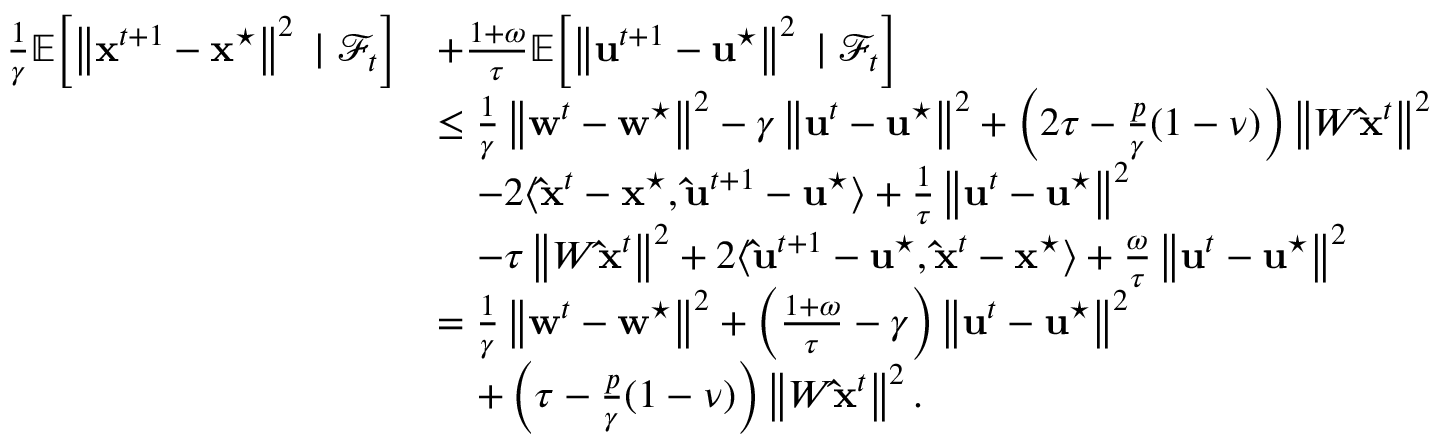
\begin{array} { r l } { \frac { 1 } { \gamma } \mathbb { E } \! \left[ \left\| \mathbf { x } ^ { t + 1 } - \mathbf { x } ^ { \star } \right\| ^ { 2 } \; | \; \mathcal { F } _ { t } \right] } & { + \frac { 1 + \omega } { \tau } \mathbb { E } \! \left[ \left\| \mathbf { u } ^ { t + 1 } - \mathbf { u } ^ { \star } \right\| ^ { 2 } \; | \; \mathcal { F } _ { t } \right] } \\ & { \leq \frac { 1 } { \gamma } \left\| \mathbf { w } ^ { t } - \mathbf { w } ^ { \star } \right\| ^ { 2 } - \gamma \left\| \mathbf { u } ^ { t } - \mathbf { u } ^ { \star } \right\| ^ { 2 } + \left( 2 \tau - \frac { p } { \gamma } ( 1 - \nu ) \right) \left\| W \mathbf { \hat { x } } ^ { t } \right\| ^ { 2 } } \\ & { \quad - 2 \langle \mathbf { \hat { x } } ^ { t } - \mathbf { x } ^ { \star } , \mathbf { \hat { u } } ^ { t + 1 } - \mathbf { u } ^ { \star } \rangle + \frac { 1 } { \tau } \left\| \mathbf { u } ^ { t } - \mathbf { u } ^ { \star } \right\| ^ { 2 } } \\ & { \quad - \tau \left\| W \mathbf { \hat { x } } ^ { t } \right\| ^ { 2 } + 2 \langle \mathbf { \hat { u } } ^ { t + 1 } - \mathbf { u } ^ { \star } , \mathbf { \hat { x } } ^ { t } - \mathbf { x } ^ { \star } \rangle + \frac { \omega } { \tau } \left\| \mathbf { u } ^ { t } - \mathbf { u } ^ { \star } \right\| ^ { 2 } } \\ & { = \frac { 1 } { \gamma } \left\| \mathbf { w } ^ { t } - \mathbf { w } ^ { \star } \right\| ^ { 2 } + \left( \frac { 1 + \omega } { \tau } - \gamma \right) \left\| \mathbf { u } ^ { t } - \mathbf { u } ^ { \star } \right\| ^ { 2 } } \\ & { \quad + \left( \tau - \frac { p } { \gamma } ( 1 - \nu ) \right) \left\| W \mathbf { \hat { x } } ^ { t } \right\| ^ { 2 } . } \end{array}